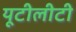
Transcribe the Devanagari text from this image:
यूटीलीटी